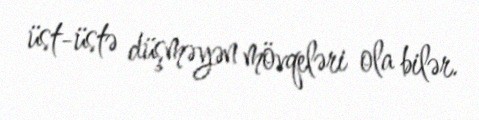
üst-üstə düşməyən mövqeləri ola bilər.